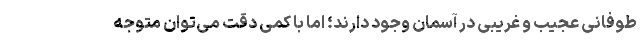
طوفانی عجیب و غریبی در آسمان وجود دارند؛ اما با کمی دقت می‌توان متوجه